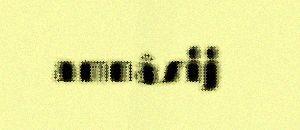
amnâsij